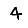
Digit: 4